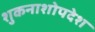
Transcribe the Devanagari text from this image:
शुकनाशोपदेश